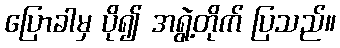
ပြောခါမှ ပို၍ အရွဲ့တိုက် ပြသည်။